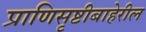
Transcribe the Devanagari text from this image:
प्राणिसृष्टीबाहेरील